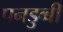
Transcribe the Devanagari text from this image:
पनडुव्बी